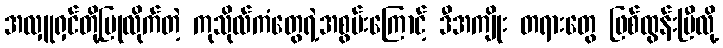
အလှူရှင်တို့ပြုလိုက်တဲ့ ကုသိုလ်ကံတွေရဲ့အစွမ်းကြောင့် ဒီအကျိုး တရားတွေ ဖြစ်ထွန်းပြီလို့